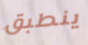
ينطبق